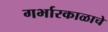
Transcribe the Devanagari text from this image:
गर्भारकाळाचे